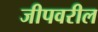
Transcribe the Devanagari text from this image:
जीपवरील